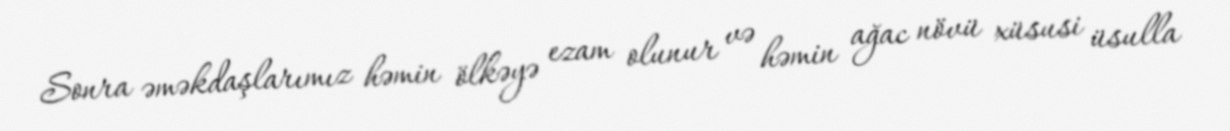
Sonra əməkdaşlarımız həmin ölkəyə ezam olunur və həmin ağac növü xüsusi üsulla